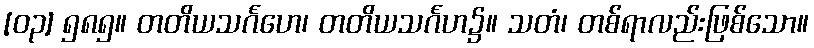
[၀၃] ၅၈၅။ တတိယသင်္ဂဟေ၊ တတိယသင်္ဂဟ၌။ သတံ၊ တစ်ရာလည်းဖြစ်သော။